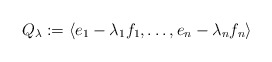
\begin{align*}Q_{\lambda}:=\langle e_1 - \lambda_1 f_1, \dots, e_n - \lambda_n f_n\rangle\end{align*}